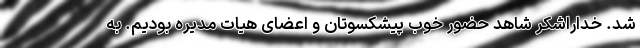
شد. خداراشکر شاهد حضور خوب پیشکسوتان و اعضای هیات مدیره بودیم. به